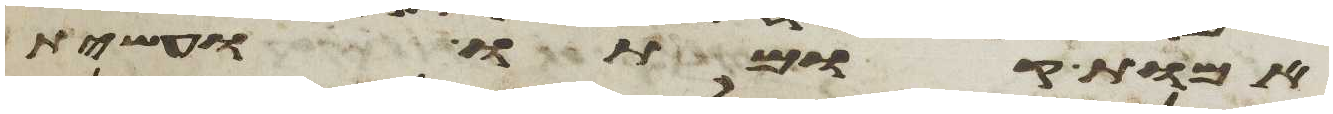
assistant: אמות קומתו ועשית